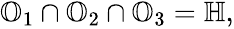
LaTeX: \begin{array}{r}{\mathbb{O}_{1}\cap\mathbb{O}_{2}\cap\mathbb{O}_{3}=\mathbb{H},}\end{array}